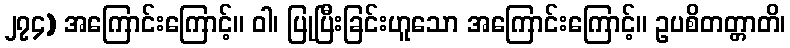
၂၇၄) အကြောင်းကြောင့်။ ဝါ၊ ပြုပြီးခြင်းဟူသော အကြောင်းကြောင့်။ ဥပစိတတ္တာတိ၊